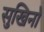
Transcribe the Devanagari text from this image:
सुखिनो